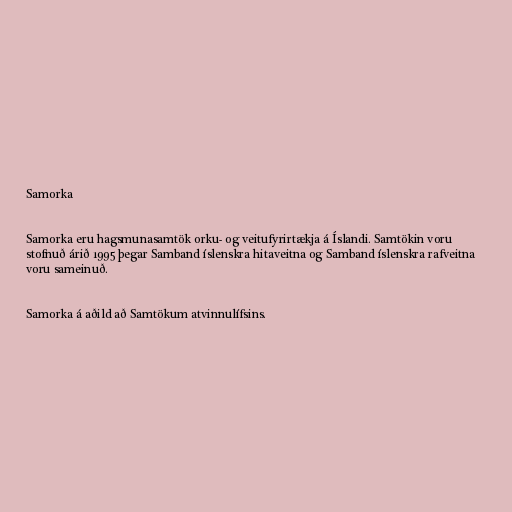
Samorka

Samorka eru hagsmunasamtök orku- og veitufyrirtækja á Íslandi. Samtökin voru
stofnuð árið 1995 þegar Samband íslenskra hitaveitna og Samband íslenskra rafveitna
voru sameinuð.

Samorka á aðild að Samtökum atvinnulífsins.